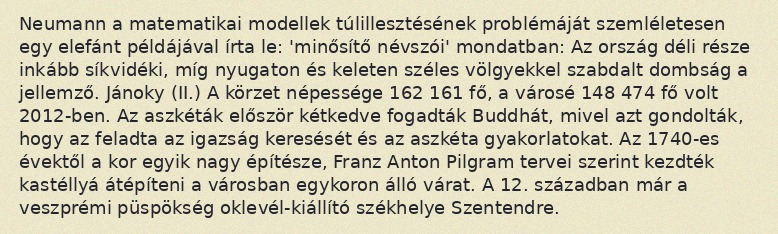
Neumann a matematikai modellek túlillesztésének problémáját szemléletesen egy elefánt példájával írta le: 'minősítő névszói' mondatban: Az ország déli része inkább síkvidéki, míg nyugaton és keleten széles völgyekkel szabdalt dombság a jellemző. Jánoky (II.) A körzet népessége 162 161 fő, a városé 148 474 fő volt 2012-ben. Az aszkéták először kétkedve fogadták Buddhát, mivel azt gondolták, hogy az feladta az igazság keresését és az aszkéta gyakorlatokat. Az 1740-es évektől a kor egyik nagy építésze, Franz Anton Pilgram tervei szerint kezdték kastéllyá átépíteni a városban egykoron álló várat. A 12. században már a veszprémi püspökség oklevél-kiállító székhelye Szentendre.